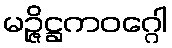
မဉ္ဇိဋ္ဌကဝဂ္ဂေါ